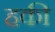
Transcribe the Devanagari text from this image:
हकी